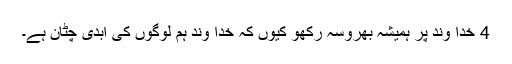
4 خدا وند پر ہمیشہ بھروسہ رکھو کیوں کہ خدا وند ہم لوگوں کی ابدی چٹان ہے۔